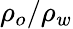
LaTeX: \rho_{o}/\rho_{w}